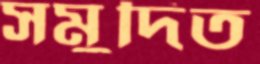
সমুদিত